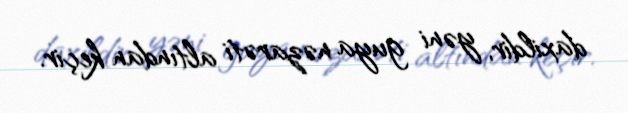
daxildir, yəni guya nəzarəti altından keçir.